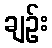
ချဉ်း